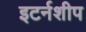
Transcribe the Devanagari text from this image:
इटर्नशीप